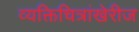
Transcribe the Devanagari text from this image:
व्यक्तिचित्रांखेरीज